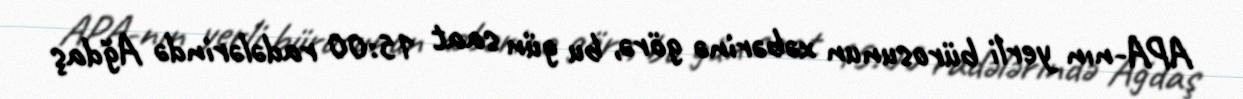
APA-nın yerli bürosunun xəbərinə görə, bu gün saat 15:00 radələrində Ağdaş